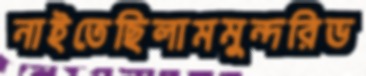
নাইতেছিলামমুন্দরিভ